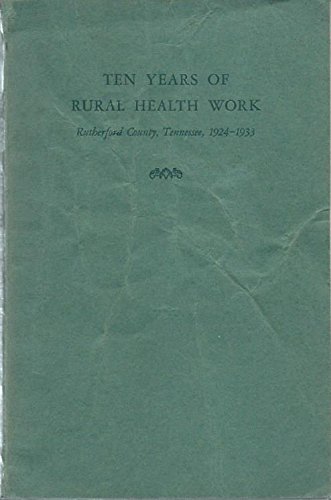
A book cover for Ten years of rural health work, Rutherford county, Tennessess, 1924-1933; Watson Frank Walker; Medical Books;